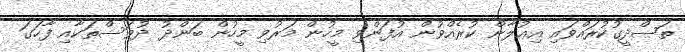
ތަޞްދީގުކުރައްވައި އިޢުލާން ކުރެއްވުން އުފަންވި މީހުން މަރުވި މީހުން ބަންދު ދުވަސްތަކާއި ފާހަގަ